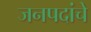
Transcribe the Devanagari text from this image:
जनपदांचे